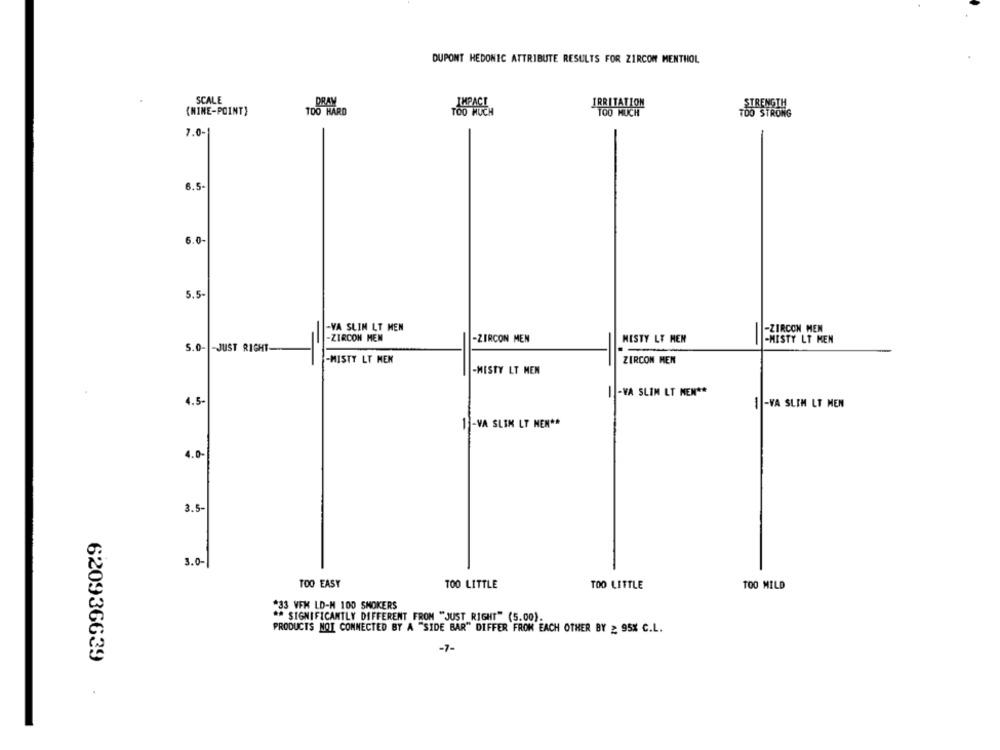
DUPONT HEDONIC ATTRIBUTE RESULTS FOR ZIRCON MENTHOL
SCALE
DRAM
STRENGTH
(MINE-POINT}
TOO HARD
IRRITATION
TOO STRONG
7.0-
6.5-
6.0-
5.5-
-VA SLIN LT MEN
-ZIRCON MEN
-ZIRCON MEN
MESTY LT HEN
-ZIRCON MEN
-MISTY LT MEN
S.0- - JUST RIGHT-
-MISTY LT NEK
ZIRCON MEN
-MISTY LT MEN
I -VA SLIM LT MEN **
4.5-
1-VA SLIM LT MEN
1 -VA SLIM LT MEN **
4.0-
3.5-
3.0-
TOO EASY
TOO LITTLE
TOO LITTLE
TOO MILD
#33 VFK LD-M 100 SMOKERS
SIGNIFICANTLY DIFFERENT FROM "JUST RIGHT" (5.00).
PRODUCTS NOT CONNECTED BY A "SIDE BAR" DIFFER FROM EACH OTHER BY ≥ 95% C.L.
-7-
620936639